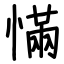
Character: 慲